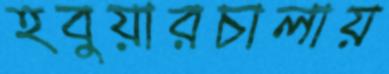
হবুয়ারচালায়